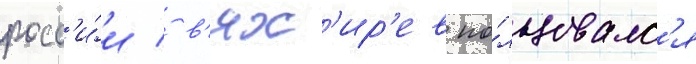
росс'и́и / в'ях'ир'ев по́льзовалс'я